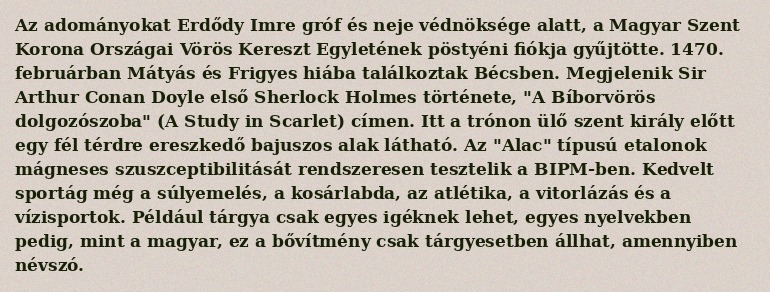
Az adományokat Erdődy Imre gróf és neje védnöksége alatt, a Magyar Szent Korona Országai Vörös Kereszt Egyletének pöstyéni fiókja gyűjtötte. 1470. februárban Mátyás és Frigyes hiába találkoztak Bécsben. Megjelenik Sir Arthur Conan Doyle első Sherlock Holmes története, "A Bíborvörös dolgozószoba" (A Study in Scarlet) címen. Itt a trónon ülő szent király előtt egy fél térdre ereszkedő bajuszos alak látható. Az "Alac" típusú etalonok mágneses szuszceptibilitását rendszeresen tesztelik a BIPM-ben. Kedvelt sportág még a súlyemelés, a kosárlabda, az atlétika, a vitorlázás és a vízisportok. Például tárgya csak egyes igéknek lehet, egyes nyelvekben pedig, mint a magyar, ez a bővítmény csak tárgyesetben állhat, amennyiben névszó.